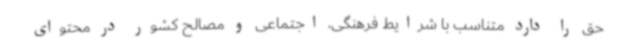
حق را دارد متناسب با شرایط فرهنگی، اجتماعی و مصالح کشور در محتوای